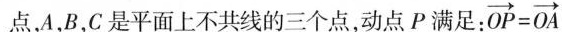
点，A，B，C是平面上不共线的三个点，动点P满足：$$\overrightarrow { O P }=\overrightarrow { O A }